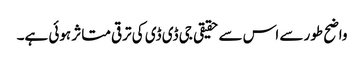
واضح طور سے اس سے حقیقی جی ڈی ڈی کی ترقی متاثر ہوئی ہے۔